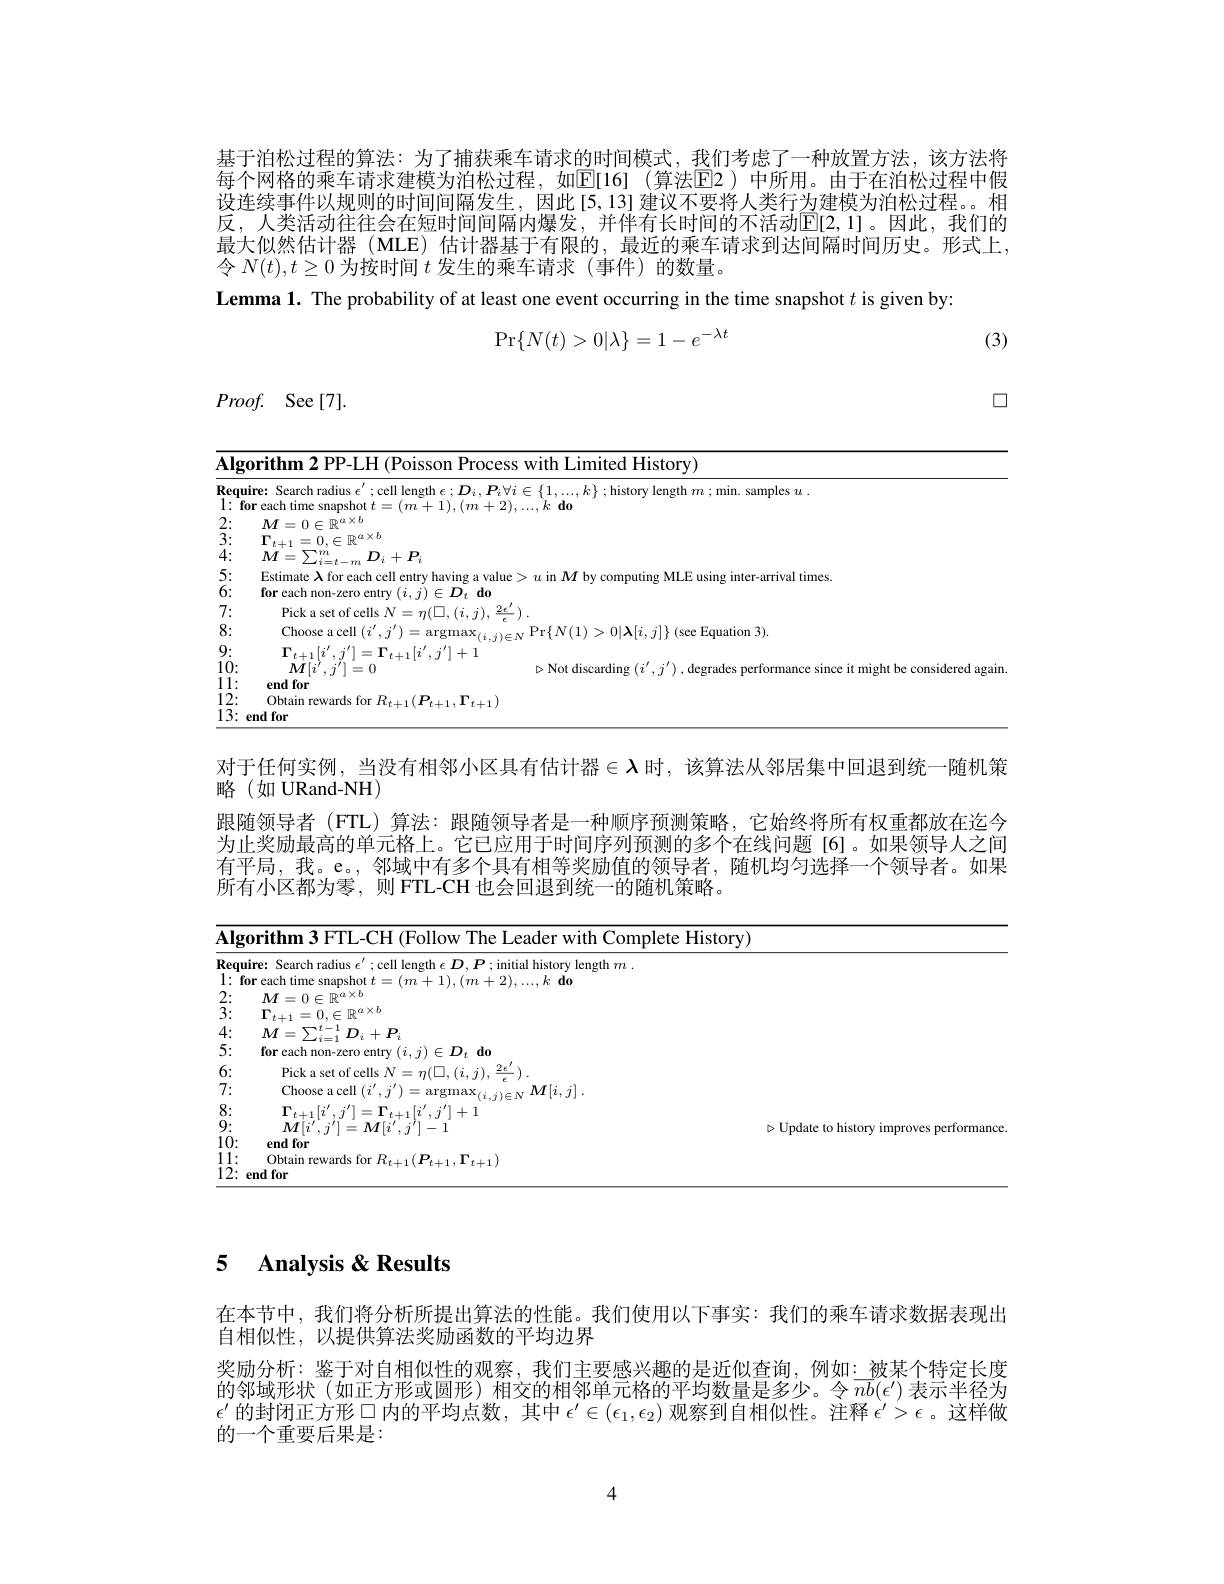
基于泊松过程的算法：为了捕获乘车请求的时间模式，我们考虑了一种放置方法，该方法将每个网格的乘车请求建模为泊松过程，如$\overline{\mathbb{E}}[16]$(算法$\boxed{\mathbb{E}}2)$ 中所用。由于在泊松过程中假设连续事件以规则的时间间隔发生，因此[5,13]建议不要将人类行为建模为泊松过程。相反，人类活动往往会在短时间间隔内爆发，并伴有长时间的不活动$\mathbb{E}[2,1]$。因此，我们的最大似然估计器(MLE)估计器基于有限的，最近的乘车请求到达间隔时间历史。形式上， 令$N(t),t\geq0$为按时间$t$发生的乘车请求 (事件)的数量。
Lemma 1. The probability of at least one event occurring in the time snapshot $t$ is given by:
$$\Pr\{N(t)>0|\lambda\}=1-e^{-\lambda t}$$
(3)

$\square$

$Proof.$ See[7].

<table>
	<tbody>
		<tr>
			<td>$\overline{\mathbf{lg}}$ 10 1 1 10</td>
			<td>$\mathbf{m}2$PP-H(P Prn $w$ith Limited History)</td>
		</tr>
		<tr>
			<td>${:}equ$ $fi$</td>
			<td>Search radius $\epsilon^{\prime}$ ;history length $m;$min. samples $u.$</td>
		</tr>
		<tr>
			<td>2: 3: $\frac{1}{2}=\frac{1}{2}=\frac{1}{2}$ $k:$</td>
			<td>$=0\in\mathbb{R}^{a\times b}$ $\pm1=0.\in\mathbb{R}^{u\times v}$ - $\nabla m$ $D_{i}+P_{i}$</td>
		</tr>
		<tr>
			<td>$\bar{\text{)}}:$ ):</td>
			<td>imate $\lambda$ for each cell entry having a value > $u$ in $M$ by computing MLE using inter-arrival times each $U$ $do$</td>
		</tr>
		<tr>
			<td>T ) . 1</td>
			<td> </td>
		</tr>
	</tbody>
</table>

对于任何实例，当没有相邻小区具有估计器$\in\boldsymbol{\lambda}$时，该算法从邻居集中回退到统一随机策
略(如URand-NH)
跟随领导者 (FTL)算法：跟随领导者是一种顺序预测策略，它始终将所有权重都放在迄今为止奖励最高的单元格上。它已应用于时间序列预测的多个在线问题[6]。如果领导人之间有平局，我。e。,邻域中有多个具有相等奖励值的领导者，随机均匀选择一个领导者。如果所有小区都为零，则 FTL-CH 也会回退到统一的随机策略。

<table>
	<tbody>
		<tr>
			<td colspan="3">Aloorithm 3 FIT. -(1-1) viff Com mplete Historv</td>
		</tr>
		<tr>
			<td>Requ $1\cdot$ $\mathbf{f}$ 1</td>
			<td>quire: Search radius $\epsilon^\prime;$cell lengt ;initial history length $m$ $dr$</td>
			<td> </td>
		</tr>
		<tr>
			<td>6:</td>
			<td>Pick a set of cel $2e$</td>
			<td> </td>
		</tr>
		<tr>
			<td>7:</td>
			<td>Choose a ce $\dot{i},\dot{j}$</td>
			<td> </td>
		</tr>
		<tr>
			<td>8: 9: 10: 11: 12:</td>
			<td>$\Gamma_{t+1}[i^{\prime},j^{\prime}]=\Gamma_{t+1}[i^{\prime},j^{\prime}]+1$ $M[i^{\prime},j^{\prime}]=\boldsymbol{M}[i^{\prime},j^{\prime}]-1$ end for Obtain rewards for $R_{t+1}(P_{t+1},\Gamma_{t+1})$ end for</td>
			<td>$\triangleright$Update to history improves performance</td>
		</tr>
	</tbody>
</table>

## 5 $\textbf{Analysis }\&$ Results

在本节中，我们将分析所提出算法的性能。我们使用以下事实：我们的乘车请求数据表现出
自相似性，以提供算法奖励函数的平均边界
奖励分析：鉴于对自相似性的观察，我们主要感兴趣的是近似查询，例如：被某个特定长度的邻域形状(如正方形或圆形)相交的相邻单元格的平均数量是多少。令$\overline nb(\epsilon^{\prime})$表示半径为$\epsilon^{\prime}$ 的封闭正方形$\square$内的平均点数，其中 $\epsilon^\prime\in(\epsilon_1,\epsilon_2)$ 观察到自相似性。注释 $\epsilon^\prime>\epsilon$。这样做的一个重要后果是：

4